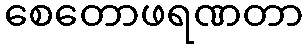
စေတောဖရဏတာ